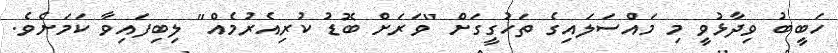
ހަބީބު ވިދާޅުވީ މި މައްސަލައިގެ ތަހުގީގަށް "ވަރަށް ބޮޑު ކުރިއެރުމެއް" ލިބިފައިވާ ކަމަށެވެ.